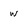
Character: w